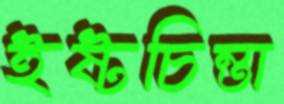
ইষ্টচিন্তা